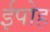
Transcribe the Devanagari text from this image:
ईपोह